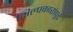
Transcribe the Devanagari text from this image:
शिल्पकारांपुढे